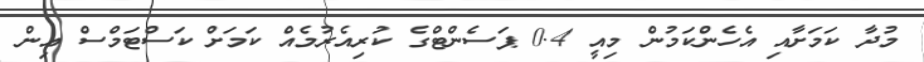
މުދާ ކަމަށާއި އެހެންކަމުން މިއީ 0.4 ޕަސެންޓްގެ ކުރިއެރުމެއް ކަމަށް ކަސްޓަމްސް އިން